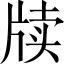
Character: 牍